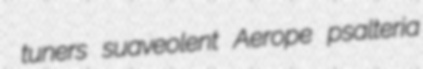
tuners suaveolent Aerope psalteria